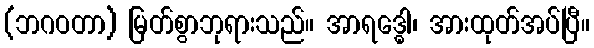
(ဘဂဝတာ) မြတ်စွာဘုရားသည်။ အာရဒ္ဓေါ၊ အားထုတ်အပ်ပြီ။